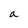
Character: a